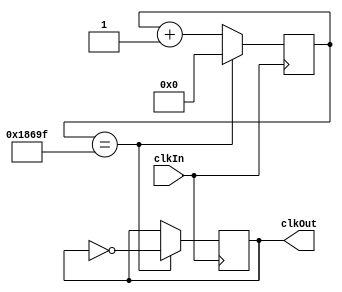
`timescale 1ns / 1ps
//////////////////////////////////////////////////////////////////////////////////
// Company: 
// Engineer: 
// 
// Design Name: 
// Module Name:    freqDividerForSevenSegment 
// Project Name: 
// Target Devices: 
// Tool versions: 
// Description: 
//
// Dependencies: 
//
// Revision: 
// Revision 0.01 - File Created
// Additional Comments: 
//
//////////////////////////////////////////////////////////////////////////////////
module freqDividerForSevenSegment (clkIn, clkOut);
	input clkIn;
	output clkOut;
	reg clkOut;
	reg[25:0] counter=0;
	always @ (posedge clkIn)
	begin
		if(counter == 100000 - 1)
		begin
			counter <= 0;
			clkOut <= ~clkOut;
		end
		else
		begin
			counter <= counter+1;
		end
	end

endmodule